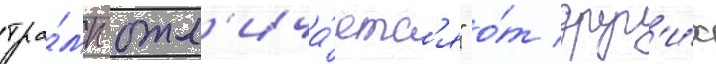
тра́мп отл'ича́етс'я" о́т друг'и́х